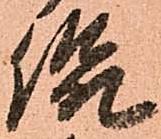
侃